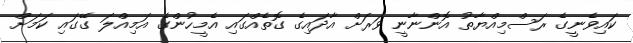
ކައިވެނީގެ ރަސްމިއްޔާތު އޮންނާނީ ވަރަށް އާދައިގެ ގޮތެއްގައި އެމީހުންގެ އަމިއްލަ ގޭގައި ކަމަށް